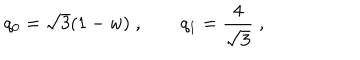
q _ { 0 } = \sqrt { 3 } ( 1 - w ) \; , \qquad q _ { 1 } = \frac { 4 } { \sqrt { 3 } } \; ,